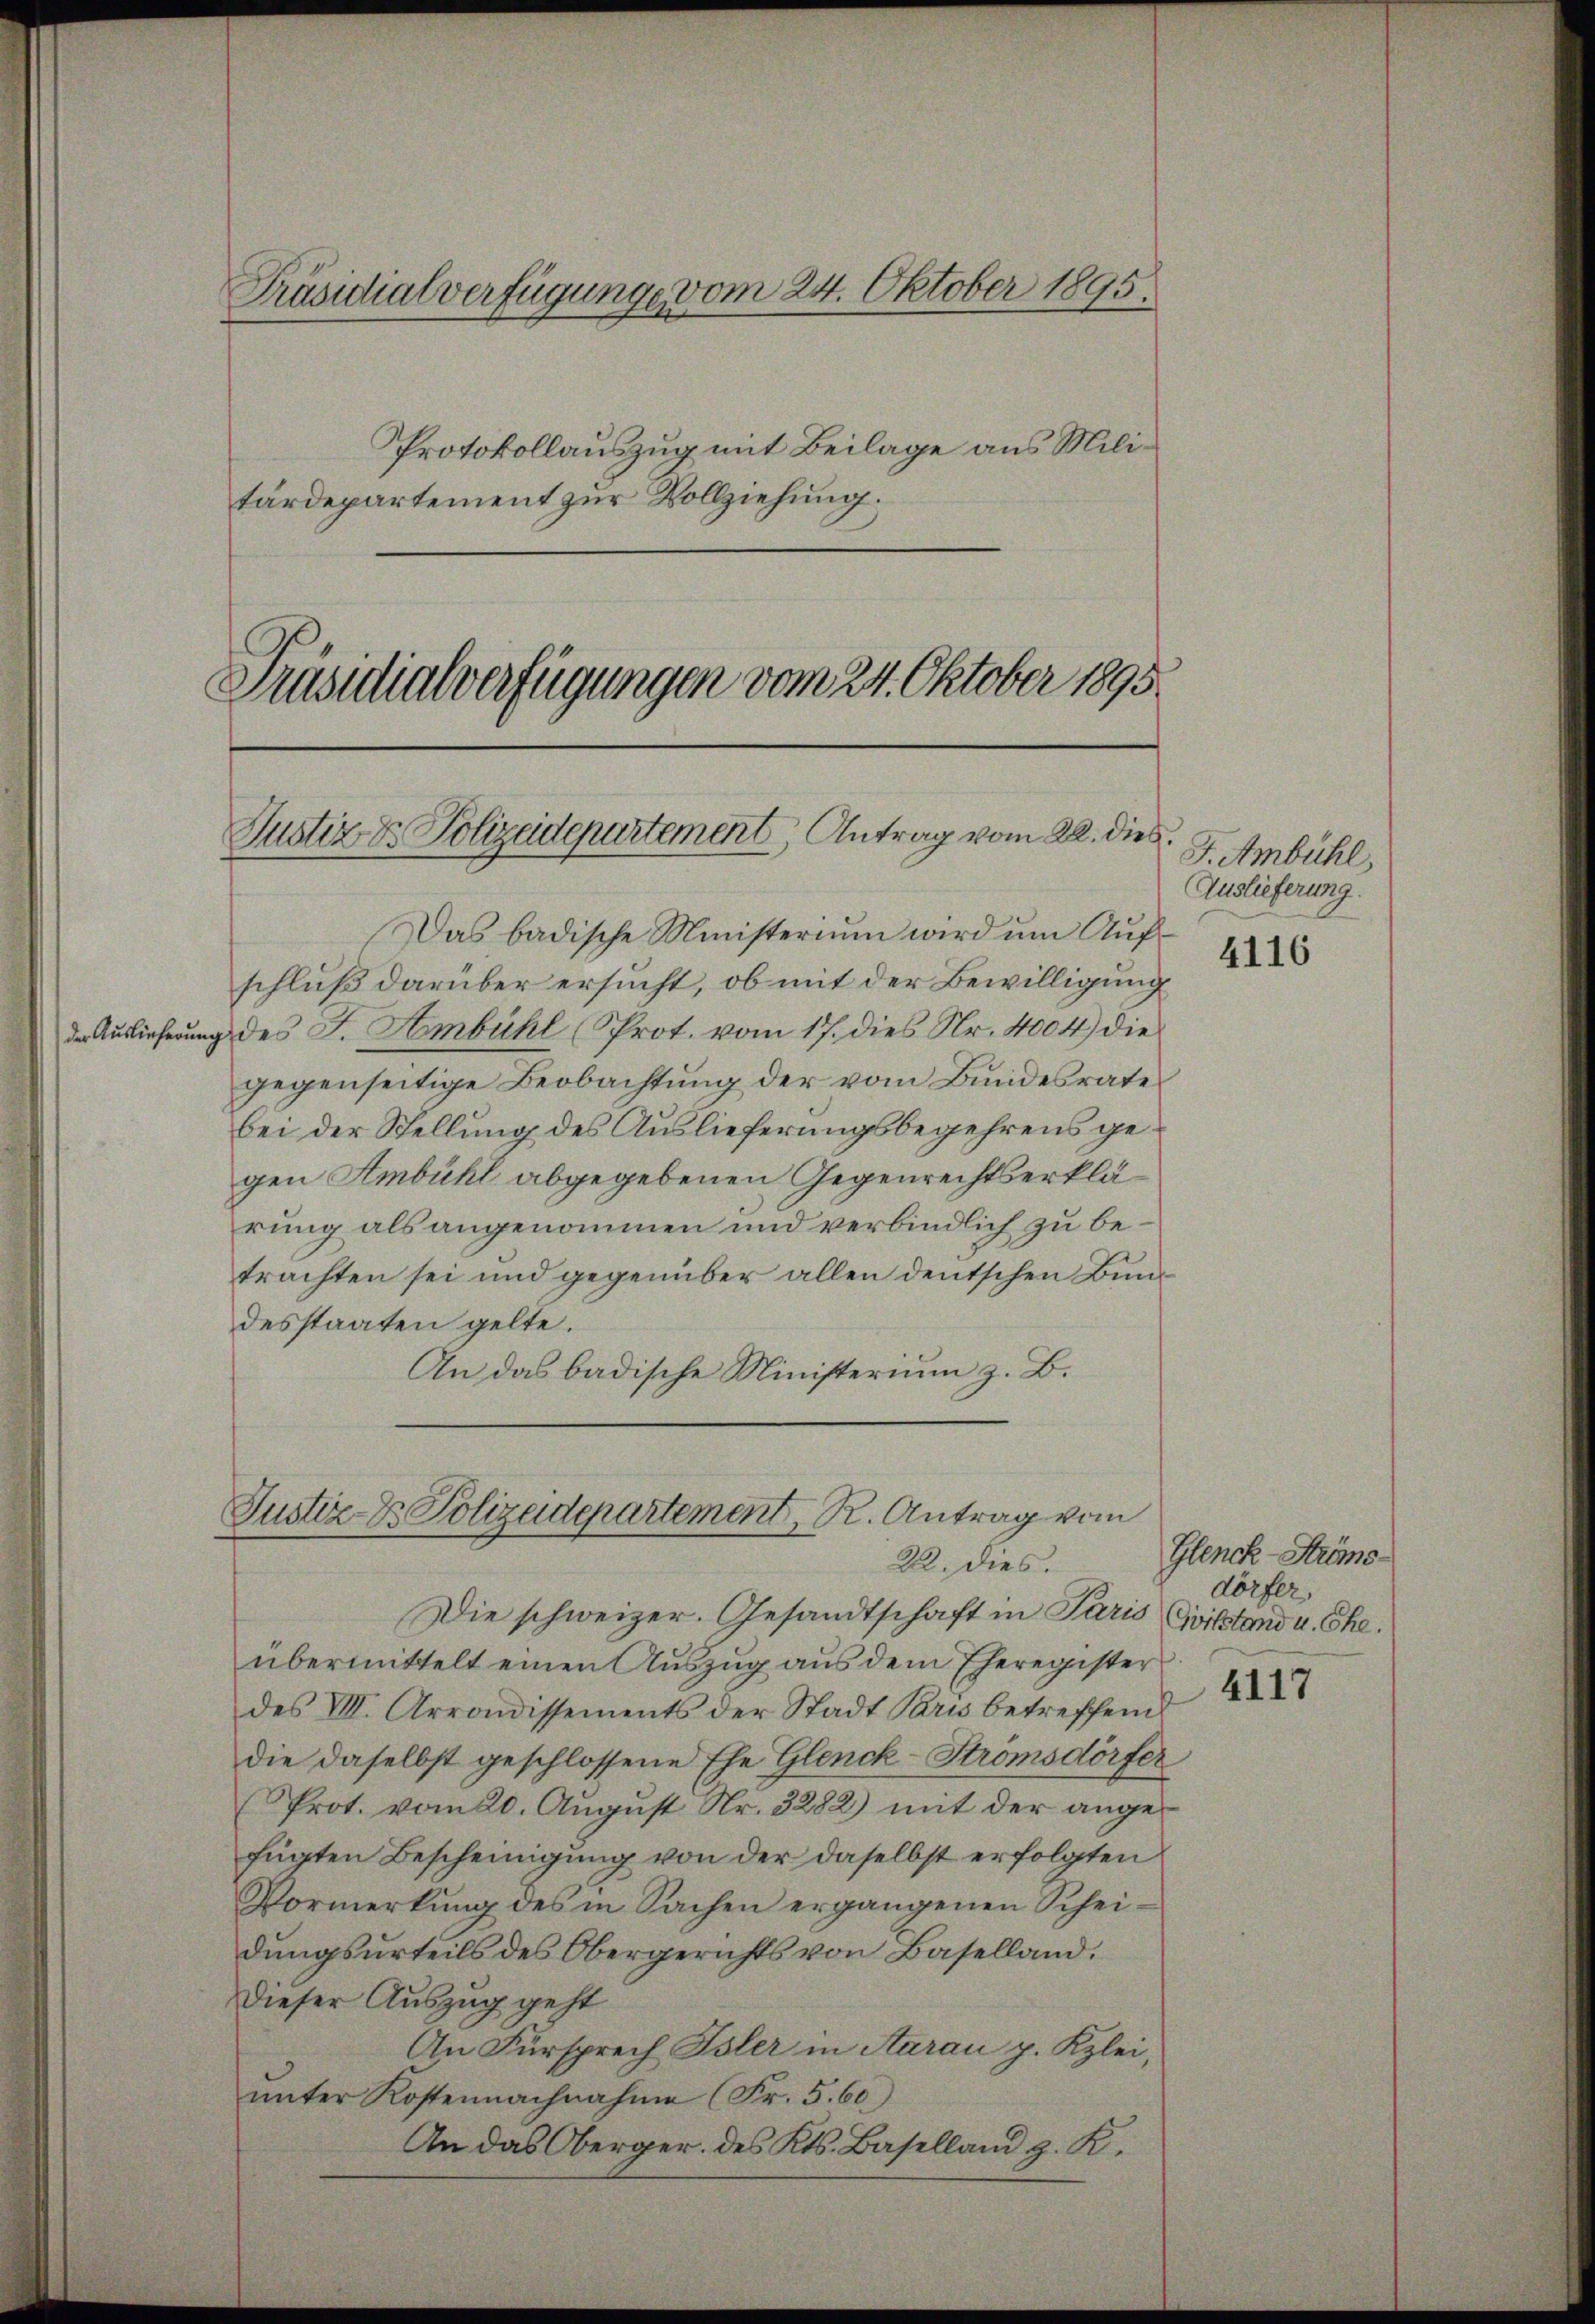
Präsidialverfügunge vom 24. Oktober 1895.

Protokollauszug mit Beilage aus Militärdepartement zur Vollziehung.
Präsidialverfügungen vom 24. Oktober 1895

Justiz & Polizeidepartement, Antrag vom 22. dies

Das badische Ministerium wird ŭm Aŭf-
schluß darüber ersucht, ob mit der Bewilligung
der Auslieferung des J. Ambühl (Prot. vom 17. dies Nr. 4004) die
gegenseitige Beobachtung der vom Bundesrate
bei der Stellung des Auslieferungsbegehrens gegen Ambühl abgegebenen Gegenrechtserklärung als angenommen und verbindlich zu betrachten sei und gegenüber allen deutschen Bundesstaaten gelte.
An das badische Ministerium z. B.
Die schweizer. Gesandtschaft in Paris Civilstand u. Ehe.
übermittelt einen Auszug aus dem Eheregister
des VIII. Arrondissements der Stadt Paris betreffend
die daselbst geschlossene Ehe Glenck-Strömsdörfer
Prot. vom 20. August Nr. 3282) mit der angefügten Bescheinigung von der daselbst erfolgten
Vormerkŭng des in Sachen ergangenen Scheidungsurteils des Obergerichts von Baselland.
Dieser Auszug geht
An Fürsprech Isler in Aarau p. Kzlei,
ŭnter Kostennachnahme (Fr. 5.60)
An das Oberger. des Kts. Baselland z. K.

Justiz & Polizeidepartement, R. Antrag vom
22. dies.

F. Ambühl,
Auslieferung.

4116

Glenck-Stums-
dörfer.

4117